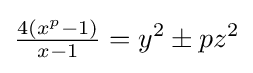
{\tfrac {4(x^{p}-1)}{x-1}}=y^{2}\pm pz^{2}